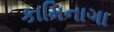
કામિનાગા